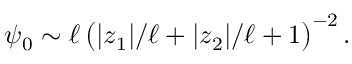
\psi _ { 0 } \sim \ell \, \big ( | z _ { 1 } | / \ell + | z _ { 2 } | / \ell + 1 \big ) ^ { - 2 } \, .